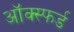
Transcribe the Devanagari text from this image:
ऑक्स्फर्ड